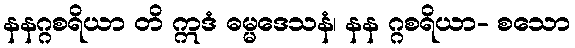
နနဂ္ဂစရိယာ တိ ဣဒံ ဓမ္မဒေသနံ၊ နန ဂ္ဂစရိယာ- စသော